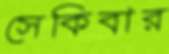
সেকিবার